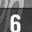
Digit: 6